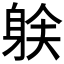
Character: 𲄟